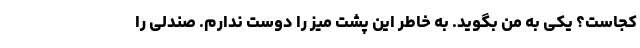
کجاست؟ یکی به من بگوید. به خاطر این پشت میز را دوست ندارم. صندلی را